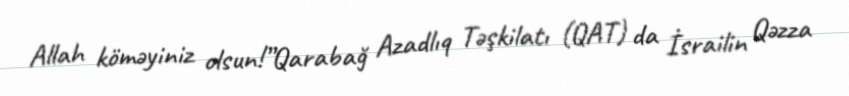
Allah köməyiniz olsun!”Qarabağ Azadlıq Təşkilatı (QAT) da İsrailin Qəzza